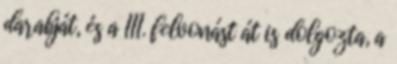
darabját, és a III. felvonást át is dolgozta, a